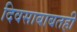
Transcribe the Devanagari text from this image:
दिवसाबाबतही